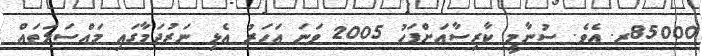
85000ރ. އެވެ. ސުނާމީ ކާރިސާއަށްފަހު 2005 ވަނަ އަހަރު އެޅި ނަރުދަމާގައި މައްސަލަތައް